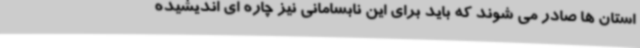
استان ها صادر می شوند که باید برای این نابسامانی نیز چاره ای اندیشیده